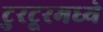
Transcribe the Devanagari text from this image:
टुरटूरमध्ये